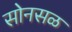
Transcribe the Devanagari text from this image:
सोनसळ